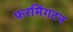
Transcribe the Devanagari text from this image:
फरमिंगटन